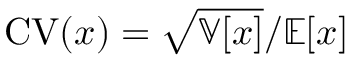
\mathrm { C V } ( x ) = \sqrt { \mathbb { V } [ x ] } / \mathbb { E } [ x ]